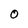
Character: O